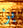
بز